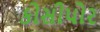
કોસીપોર